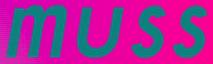
muss